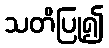
သတိပြု၍